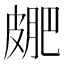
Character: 𭽮